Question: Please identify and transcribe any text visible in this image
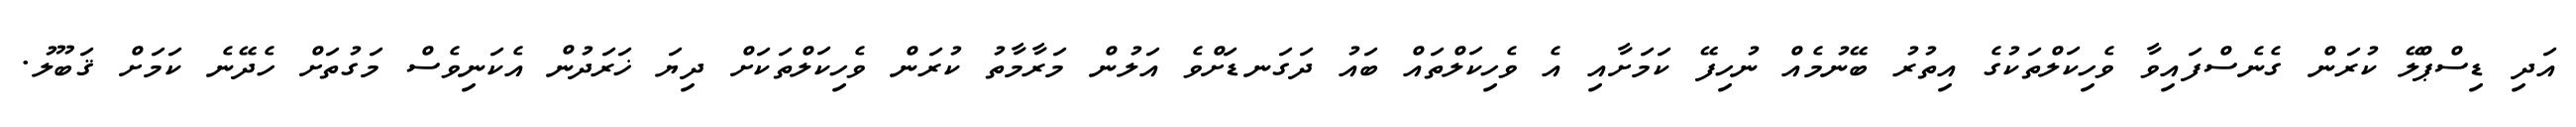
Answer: އަދި ޑިސްޕްލޭ ކުރަން ގެނެސްފައިވާ ވެހިކަލްތަކުގެ އިތުރު ބޭނުމެއް ނުހިފޭ ކަމަށާއި އެ ވެހިކަލްތައް ބައު ދަގަނޑަށްވެ އަލުން މަރާމާތު ކުރަން ވެހިކަލްތަކަށް ދިޔަ ޚަރަދުން އެކަނިވެސް މަގުތަށް ހެދޭނެ ކަމަށް ޤަބޫލު.